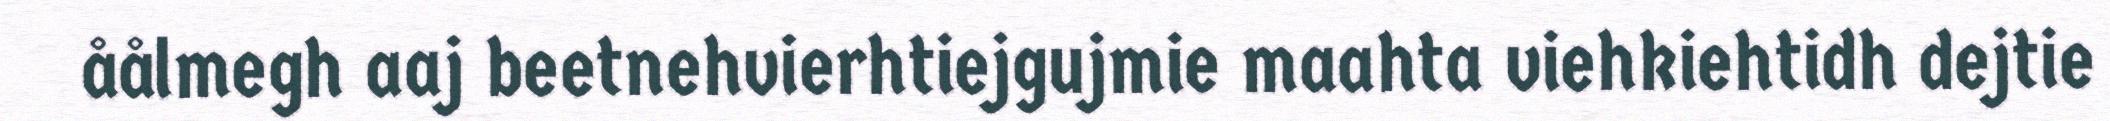
åålmegh aaj beetnehvierhtiejgujmie maahta viehkiehtidh dejtie